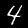
Label: 4